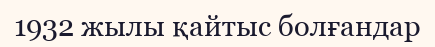
1932 жылы қайтыс болғандар